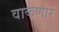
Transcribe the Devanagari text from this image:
वाकणार